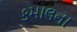
કમાલના